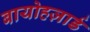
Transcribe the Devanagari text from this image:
बायोहज़ार्ड